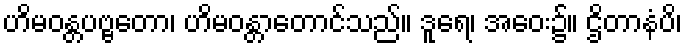
ဟိမဝန္တပဗ္ဗတော၊ ဟိမဝန္တာတောင်သည်။ ဒူရေ၊ အဝေး၌။ ဌိတာနံပိ၊